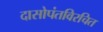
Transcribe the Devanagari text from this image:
दासोपंतविरचित